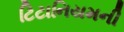
ટિટાનિયમની